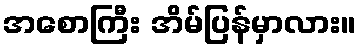
အစောကြီး အိမ်ပြန်မှာလား။